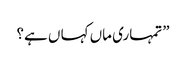
”تمہاری ماں کہا ں ہے؟